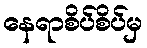
နေရာစိပ်စိပ်မှ